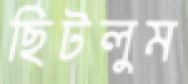
ছিটলুম